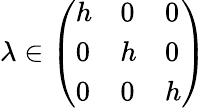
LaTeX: \lambda\in\left(\begin{array}{lll}{h}&{0}&{0}\\ {0}&{h}&{0}\\ {0}&{0}&{h}\end{array}\right)